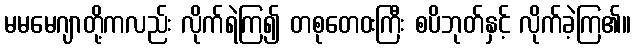
မမမေဂျာတို့ကလည်း လိုက်ရဲကြ၍ တစုတေဝးကြီး စပိဘုတ်နှင့် လိုက်ခဲ့ကြ၏။